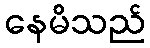
နေမိသည်